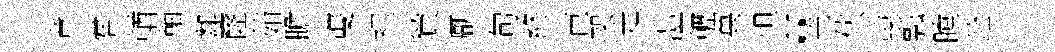
竟嘗輶軸鄰窿茹瞻㕠裡貿厭句終芭架走澧轣萬怛“盖伏蝨瓢瞠銓